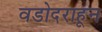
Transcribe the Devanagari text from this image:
वडोदराहून